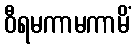
ဝီရမကာမကာမိံ